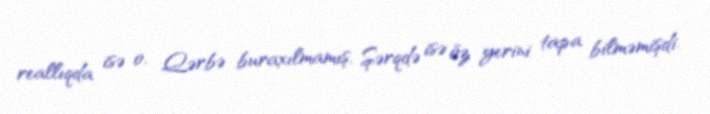
reallıqda isə o, Qərbə buraxılmamış, Şərqdə isə öz yerini tapa bilməmişdi.